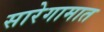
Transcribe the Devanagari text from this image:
सारेगामात